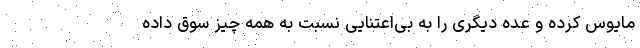
مایوس کرده و عده دیگری را به بی‌اعتنایی نسبت به همه ‌چیز سوق داده